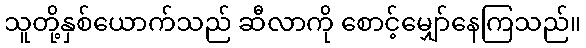
သူတို့နှစ်ယောက်သည် ဆီလာကို စောင့်မျှော်နေကြသည်။